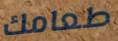
طعامك